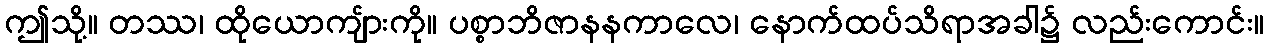
ဤသို့။ တဿ၊ ထိုယောကျ်ားကို။ ပစ္စာဘိဇာနနကာလေ၊ နောက်ထပ်သိရာအခါ၌ လည်းကောင်း။